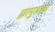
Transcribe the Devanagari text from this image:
ह्यापुढला